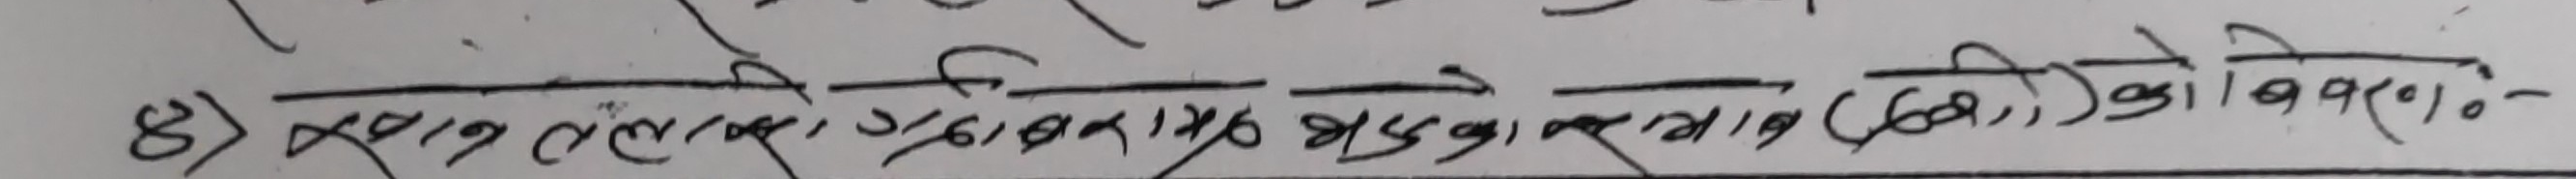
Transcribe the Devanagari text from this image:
8) स्वान् तलकार विभिन्न रचना र अध्याय (गीत) को विवरण (०)०-